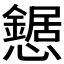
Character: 𢤹